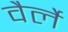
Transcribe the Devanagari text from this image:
वैर्ले